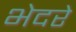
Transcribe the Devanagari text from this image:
भेदरे